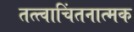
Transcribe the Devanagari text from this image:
तत्त्वाचिंतनात्मक